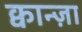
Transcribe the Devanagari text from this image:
क्वान्ज़ा